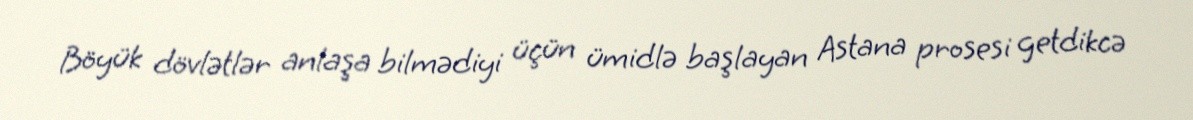
Böyük dövlətlər anlaşa bilmədiyi üçün ümidlə başlayan Astana prosesi getdikcə